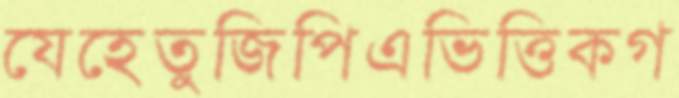
যেহেতুজিপিএভিত্তিকগ